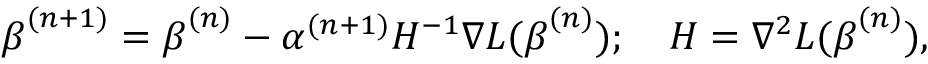
\begin{array} { r } { \boldsymbol { \beta } ^ { ( n + 1 ) } = \boldsymbol { \beta } ^ { ( n ) } - \alpha ^ { ( n + 1 ) } H ^ { - 1 } \nabla L ( \boldsymbol { \beta } ^ { ( n ) } ) ; \quad H = \nabla ^ { 2 } L ( \boldsymbol { \beta } ^ { ( n ) } ) , } \end{array}